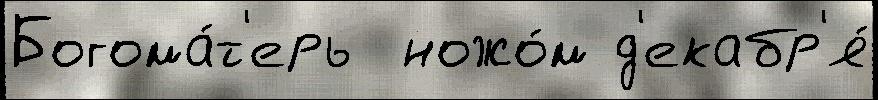
Богома́т'ерь  ножо́м д'екабр'я́